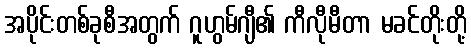
အပိုင်းတစ်ခုစီအတွက် ဂူဟွမ်ဂျီ၏ ကီလီုမီတာ မခင်တိုးတို့